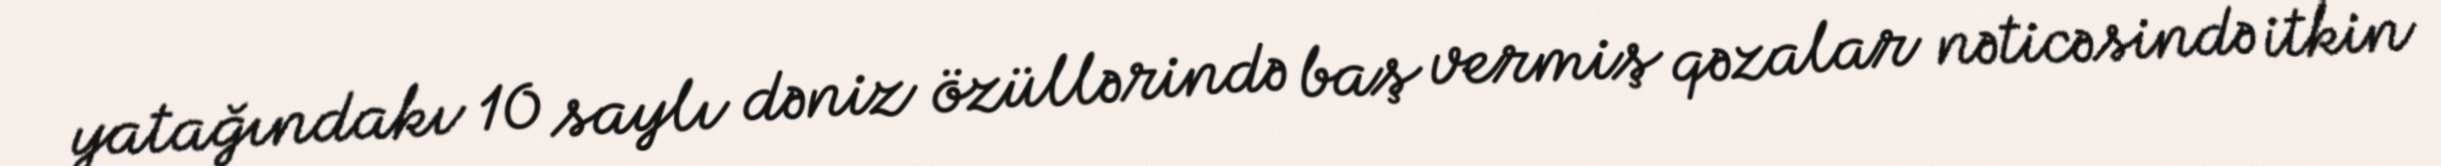
yatağındakı 10 saylı dəniz özüllərində baş vermiş qəzalar nəticəsində itkin